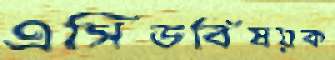
এসিডবিষয়ক